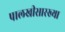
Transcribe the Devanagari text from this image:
पालखीसारख्या